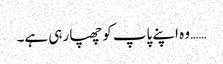
…… وہ اپنے پاپ کو چھپا رہی ہے۔